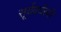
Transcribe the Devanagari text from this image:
सूर्यवर्चस्वी